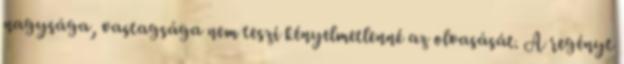
nagysága, vastagsága nem teszi kényelmetlenné az olvasását. A regényt